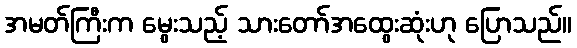
အမတ်ကြီးက မွေးသည့် သားတော်အထွေးဆုံးဟု ပြောသည်။